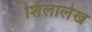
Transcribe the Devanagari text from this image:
शिलालेख